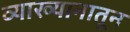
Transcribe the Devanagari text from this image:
व्याख्यानातून